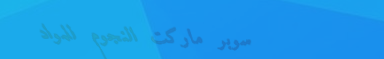
سوبر ماركت النجوم للمواد